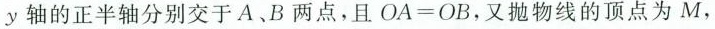
y轴的正半轴分别交于A.B两点，且$$O A = O B$$，又抛物线的顶点为M，